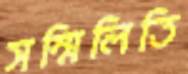
সম্মিলিতি